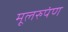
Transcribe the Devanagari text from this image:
मूलरुपंण